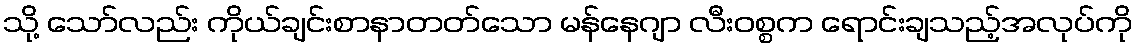
သို့ သော်လည်း ကိုယ်ချင်းစာနာတတ်သော မန်နေဂျာ လီးဝစ္စက ရောင်းချသည့်အလုပ်ကို